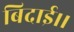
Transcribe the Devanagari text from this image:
बिदाई।।